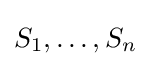
S_{1},\dots ,S_{n}